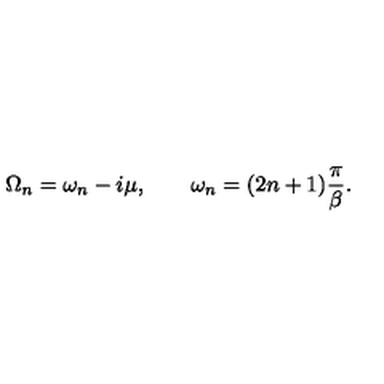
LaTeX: \Omega _ { n } = \omega _ { n } - i \mu , \qquad \omega _ { n } = ( 2 n + 1 ) \frac { \pi } { \beta } .